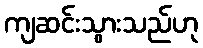
ကျဆင်းသွားသည်ဟု